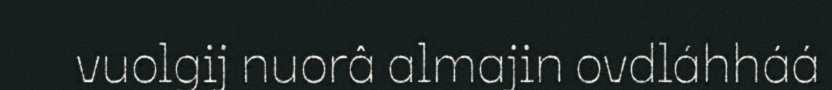
vuolgij nuorâ almajin ovdláhháá